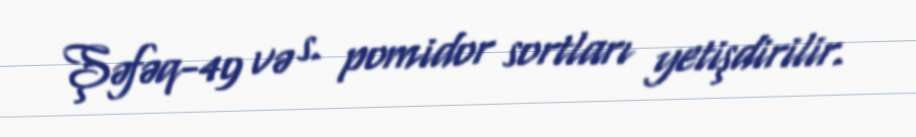
Şəfəq-49 və s. pomidor sortları yetişdirilir.